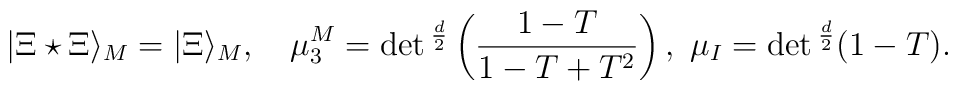
|\Xi\star\Xi\rangle_M=|\Xi\rangle_M,\ \ \ \mu_3^M=\det{}^{d\over2}\left({1-T\over1-T+T^2}\right),\ \mu_I=\det{}^{d\over2}(1-T).